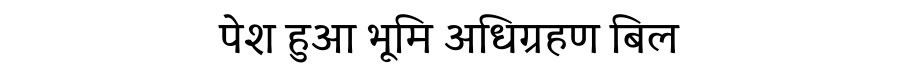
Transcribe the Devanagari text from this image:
पेश हुआ भूमि अधिग्रहण बिल